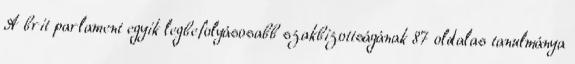
A brit parlament egyik legbefolyásosabb szakbizottságának 87 oldalas tanulmánya